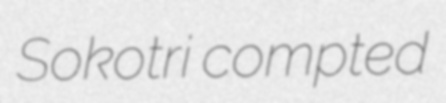
Sokotri compted